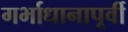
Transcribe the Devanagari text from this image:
गर्भाधानापूर्वी